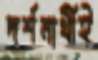
দর্শনার্থীই